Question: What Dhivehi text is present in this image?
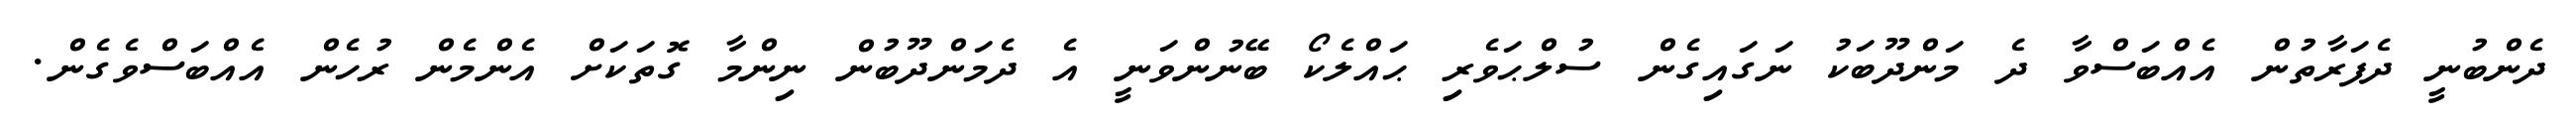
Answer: ދެންބުނީ ދެފަރާތުން އެއްބަސްވާ ދެ މަންދޫބަކު ނަގައިގެން ސުލްޙަވެރި ޙައްލެކޯ ބޭނުންވަނީ އެ ދެމަންދޫބުން ނިންމާ ގޮތަކަށް އެންމެން ރުހެން އެއްބަސްވެގެން.